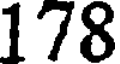
178